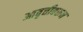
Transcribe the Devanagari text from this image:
आवृत्तीवरून